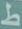
ط